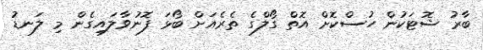
ބާރު ޝޮޓަކުން ހުސްކޮށް އޮތް ގޯލްގެ ތެރެއަށް ބޯޅަ ފޮނުވާލައިގެން މި ލަނޑު